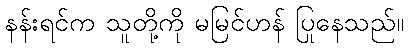
နန်းရင်က သူတို့ကို မမြင်ဟန် ပြုနေသည်။